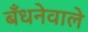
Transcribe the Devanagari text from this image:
बँधनेवाले